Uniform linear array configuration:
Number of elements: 8
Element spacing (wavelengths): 0.5
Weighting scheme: hamming
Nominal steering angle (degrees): -45
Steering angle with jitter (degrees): -43.057
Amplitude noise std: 0.05
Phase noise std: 0.05

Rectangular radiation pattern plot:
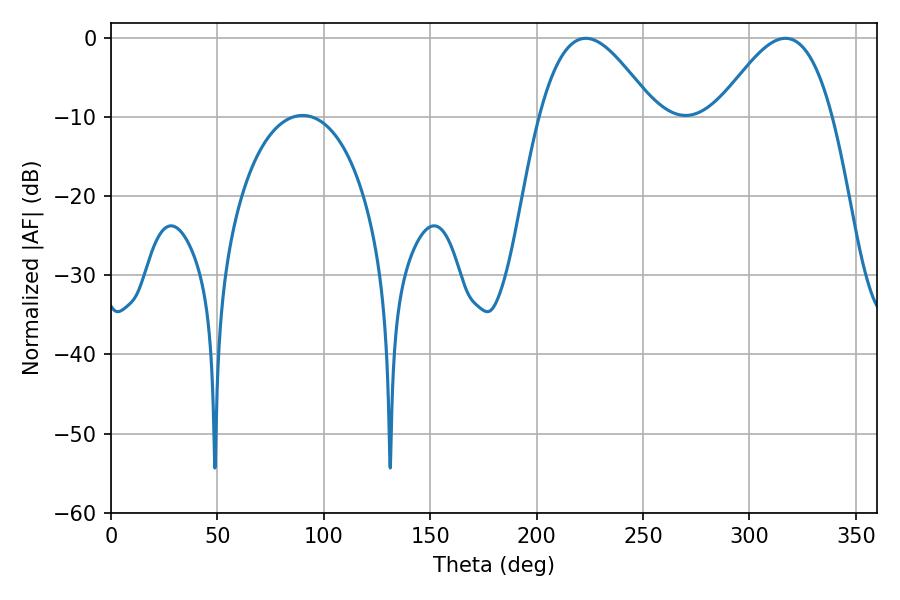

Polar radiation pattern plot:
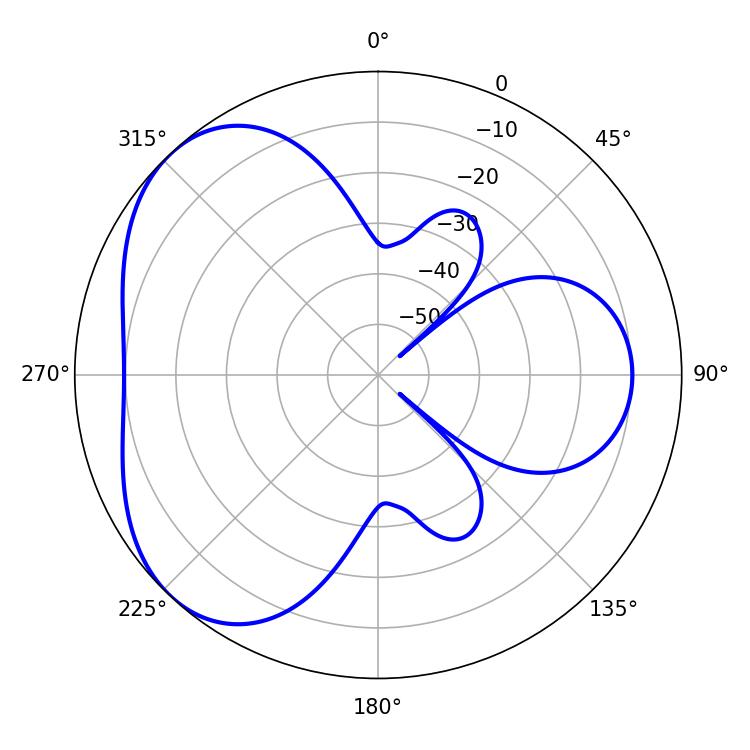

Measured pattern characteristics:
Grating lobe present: FALSE
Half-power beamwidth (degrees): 29.34
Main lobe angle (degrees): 223.02